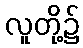
လူတို့၌